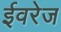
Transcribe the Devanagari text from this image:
ईवरेज